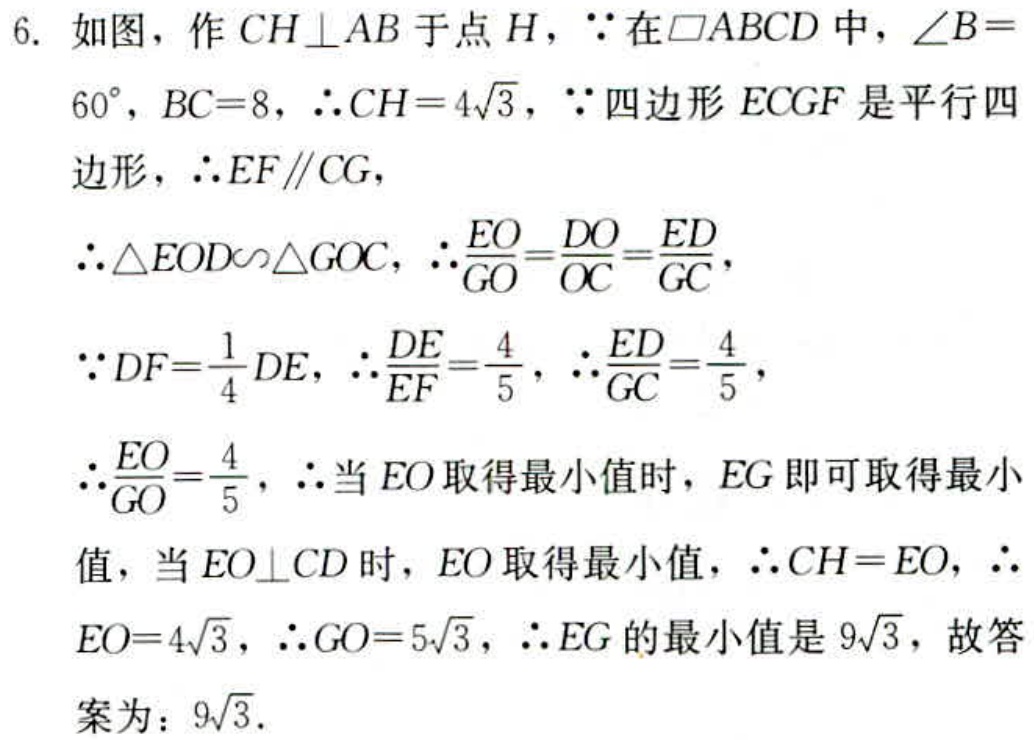
6. 如图，作 \(CH\perp AB\) 于点 \(H\)，\(\because\) 在 \(\square ABCD\) 中，\(\angle B = 60^{\circ}\)，\(BC = 8\)，\(\therefore CH = 4\sqrt{3}\)，\(\because\) 四边形 \(ECGF\) 是平行四边形，\(\therefore EF\parallel CG\)，
\(\therefore\triangle EOD\sim\triangle GOC\)，\(\therefore\frac{EO}{GO}=\frac{DO}{OC}=\frac{ED}{GC}\)，
\(\because DF=\frac{1}{4}DE\)，\(\therefore\frac{DE}{EF}=\frac{4}{5}\)，\(\therefore\frac{ED}{GC}=\frac{4}{5}\)，
\(\therefore\frac{EO}{GO}=\frac{4}{5}\)，\(\therefore\) 当 \(EO\) 取得最小值时，\(EG\) 即可取得最小值，当 \(EO\perp CD\) 时，\(EO\) 取得最小值，\(\therefore CH = EO\)，\(\therefore EO = 4\sqrt{3}\)，\(\therefore GO = 5\sqrt{3}\)，\(\therefore EG\) 的最小值是 \(9\sqrt{3}\)，故答案为：\(9\sqrt{3}\).